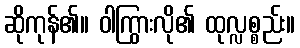
ဆိုကုန်၏။ ဝါကြွားလို၏ ထုလ္လစ္စည်း။